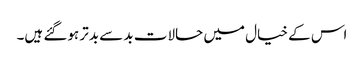
اس کے خیال میں حالات بد سے بدتر ہوگئے ہیں۔